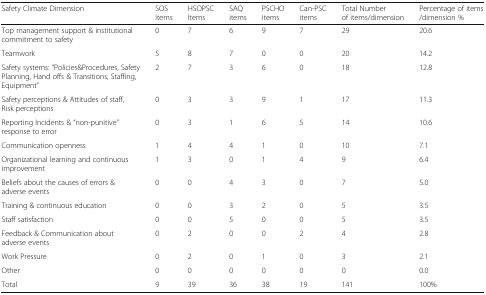
<table><thead><tr><td><b>Safety Climate Dimension</b></td><td><b>SOSitems</b></td><td><b>HSOPSCItems</b></td><td><b>SAQitems</b></td><td><b>PSCHOitems</b></td><td><b>Can-PSC items</b></td><td><b>Total Number of items/dimension</b></td><td><b>Percentage of items/dimension %</b></td></tr></thead><tbody><tr><td>Top management support &amp; institutional commitment to safety</td><td>0</td><td>7</td><td>6</td><td>9</td><td>7</td><td>29</td><td>20.6</td></tr><tr><td>Teamwork</td><td>5</td><td>8</td><td>7</td><td>0</td><td>0</td><td>20</td><td>14.2</td></tr><tr><td>Safety systems: “Policies&amp;Procedures, Safety Planning, Hand offs &amp; Transitions, Staffing, Equipment”</td><td>2</td><td>7</td><td>3</td><td>6</td><td>0</td><td>18</td><td>12.8</td></tr><tr><td>Safety perceptions &amp; Attitudes of staff, Risk perceptions</td><td>0</td><td>3</td><td>3</td><td>9</td><td>1</td><td>17</td><td>11.3</td></tr><tr><td>Reporting Incidents &amp; “non-punitive” response to error</td><td>0</td><td>3</td><td>1</td><td>6</td><td>5</td><td>14</td><td>10.6</td></tr><tr><td>Communication openness</td><td>1</td><td>4</td><td>4</td><td>1</td><td>0</td><td>10</td><td>7.1</td></tr><tr><td>Organizational learning and continuous improvement</td><td>1</td><td>3</td><td>0</td><td>1</td><td>4</td><td>9</td><td>6.4</td></tr><tr><td>Beliefs about the causes of errors &amp; adverse events</td><td>0</td><td>0</td><td>4</td><td>3</td><td>0</td><td>7</td><td>5.0</td></tr><tr><td>Training &amp; continuous education</td><td>0</td><td>0</td><td>3</td><td>2</td><td>0</td><td>5</td><td>3.5</td></tr><tr><td>Staff satisfaction</td><td>0</td><td>0</td><td>5</td><td>0</td><td>0</td><td>5</td><td>3.5</td></tr><tr><td>Feedback &amp; Communication about adverse events</td><td>0</td><td>2</td><td>0</td><td>0</td><td>2</td><td>4</td><td>2.8</td></tr><tr><td>Work Pressure</td><td>0</td><td>2</td><td>0</td><td>1</td><td>0</td><td>3</td><td>2.1</td></tr><tr><td>Other</td><td>0</td><td>0</td><td>0</td><td>0</td><td>0</td><td>0</td><td>0.0</td></tr><tr><td>Total</td><td>9</td><td>39</td><td>36</td><td>38</td><td>19</td><td>141</td><td>100%</td></tr></tbody></table>